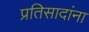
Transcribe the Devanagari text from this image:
प्रतिसादांना